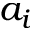
a _ { i }